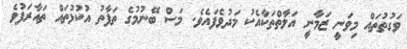
ވަގުތުތައް މިވަނީ ޒަމާނީ އަލާތްތަކާއެކު މަދުވެފައެވެ. މަސް ބޭނުމުގެ ތަފާތު އުކުޅުތައް ތައާރަފުވެ